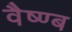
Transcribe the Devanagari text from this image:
वैष्ण्ब